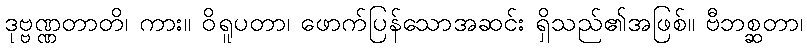
ဒုဗ္ဗဏ္ဏတာတိ၊ ကား။ ဝိရူပတာ၊ ဖောက်ပြန်သောအဆင်း ရှိသည်၏အဖြစ်။ ဗီဘစ္ဆတာ၊